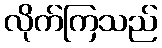
လိုက်ကြသည်